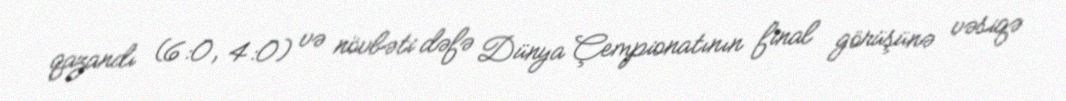
qazandı (6:0, 4:0) və növbəti dəfə Dünya Çempionatının final görüşünə vəsiqə